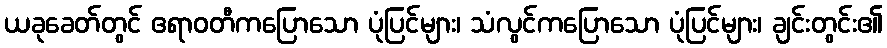
ယခုခေတ်တွင် ဧရာဝတီကပြောသော ပုံပြင်များ၊ သံလွင်ကပြောသော ပုံပြင်များ၊ ချင်းတွင်း၏